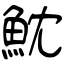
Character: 魫